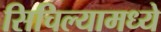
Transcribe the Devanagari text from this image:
सिचिल्यामध्ये